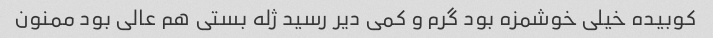
کوبیده خیلی خوشمزه بود گرم و کمی دیر رسید ژله بستی هم عالی بود ممنون